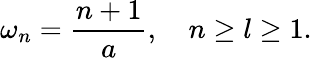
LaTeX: \omega_{n}=\frac{n+1}{a},\quad n\ge l\ge 1.